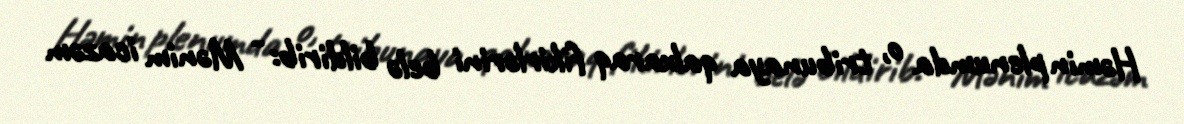
Həmin plenumda o, tribunaya qalxaraq fikirlərini belə bildirib: - Mənim icazəm